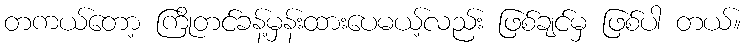
တကယ်တော့ ကြိုတင်ခန့်မှန်းထားပေမယ့်လည်း ဖြစ်ချင်မှ ဖြစ်ပါ တယ်။